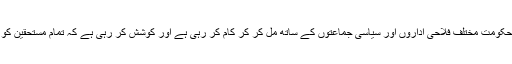
انہوں نے کہا کہ سندھ حکومت مختلف فلاحی اداروں اور سیاسی جماعتوں کے ساتھ مل کر کر کام کر رہی ہے اور کوشش کر رہی ہے کہ تمام مستحقین کو راشن پہنچایا جا سکے۔